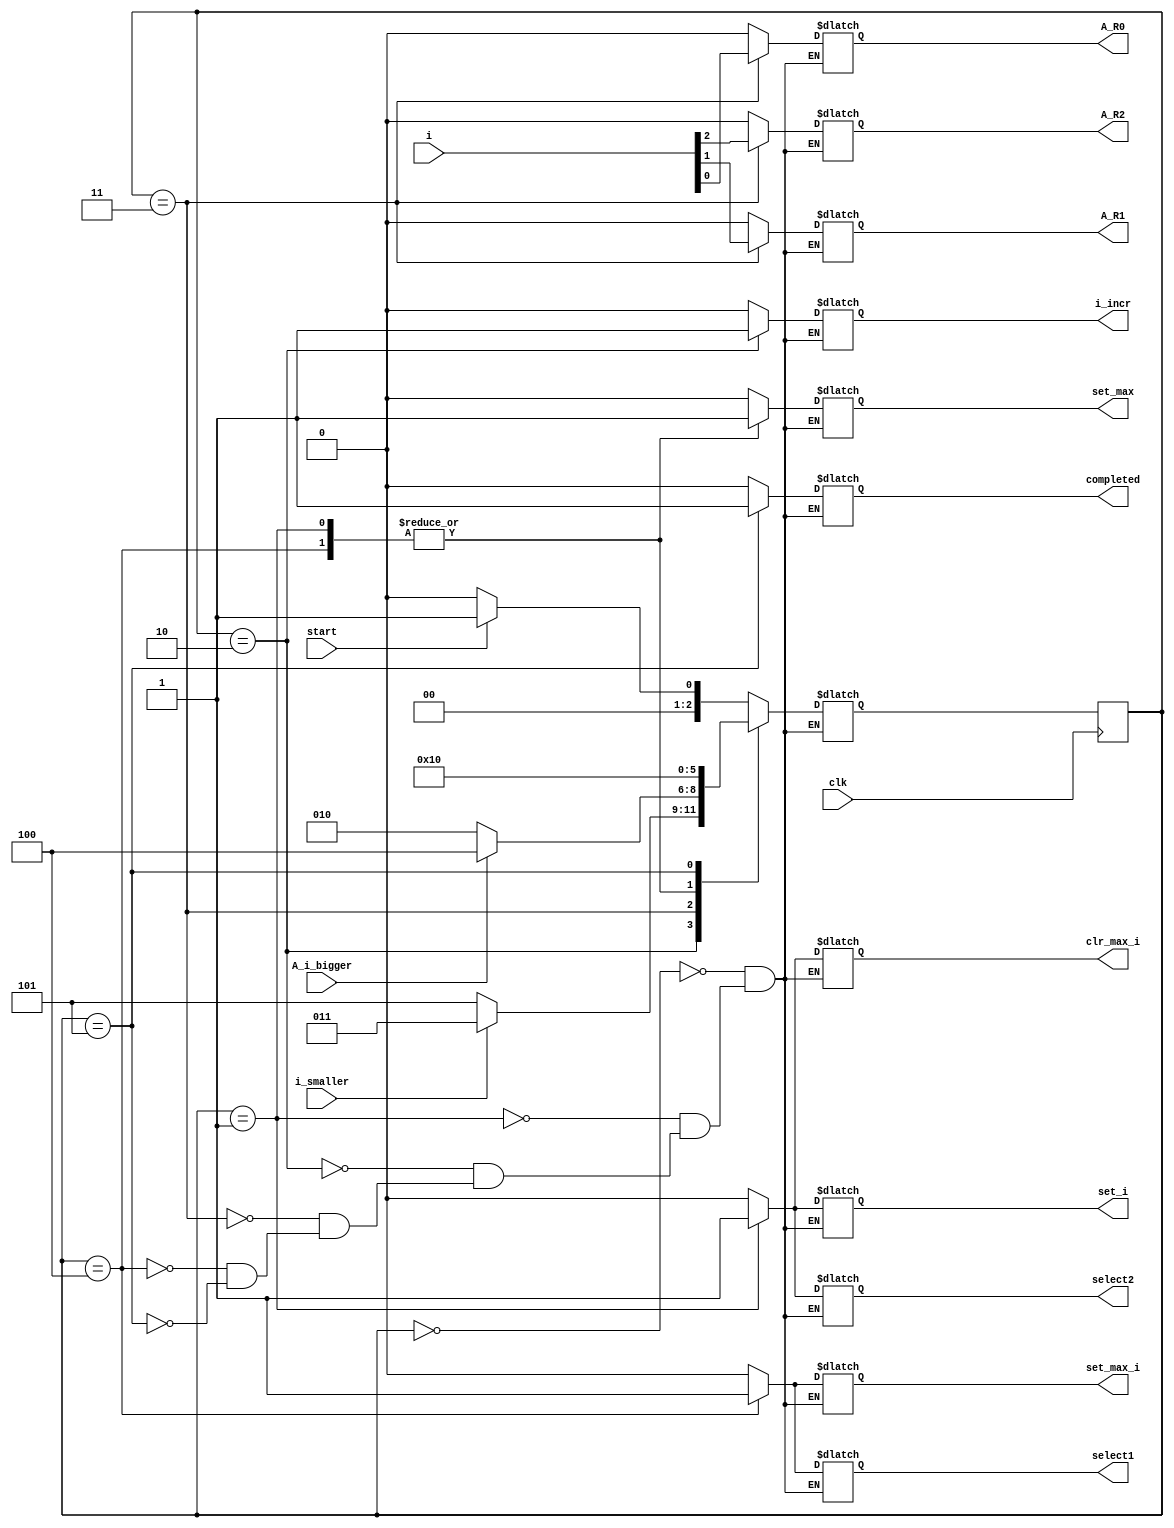
`timescale 1ns / 1ns


module Controller(clk, start, completed, i, select1, select2, set_i, i_incr, set_max, set_max_i, clr_max_i, A_R0, A_R1, A_R2, A_i_bigger, i_smaller);
input wire clk, start, i_smaller, A_i_bigger;
output reg completed;
input wire [3:0] i;

output reg select1, select2, set_i, i_incr, set_max, set_max_i, clr_max_i, A_R0, A_R1, A_R2;

parameter S0 = 3'b000,
            S1 = 3'b001,
            S2 = 3'b010,
            S3 = 3'b011,
            S4 = 3'b100,
            S5 = 3'b101;


reg [2:0] state = S0;
reg [2:0] nextState;


always@(state, start) begin
    case(state) 
        S0: begin
            if(start) begin
                nextState <= S1;
            end
            else begin
                nextState <= S0;
            end
            completed <= 0;
            select1 <= 0;
            select2 <= 0;
            set_i <= 0;
            i_incr <= 0;
            set_max <= 0;
            set_max_i <= 0;
            clr_max_i <= 0;
            A_R0 <= 0;
            A_R1 <= 0;
            A_R2 <= 0;

        end
        S1: begin
            nextState <= S2;

            completed <= 0;
            select1 <= 0;
            select2 <= 1;
            set_i <= 1;
            i_incr <= 0;
            set_max <= 1;
            set_max_i <= 0;
            clr_max_i <= 1;
            A_R0 <= 0;
            A_R1 <= 0;
            A_R2 <= 0;
        end
        S2: begin
            if(i_smaller) begin
                nextState <= S3;
            end
            else begin
                nextState <= S5;
            end


            completed <= 0;
            select1 <= 0;
            select2 <= 0;
            set_i <= 0;
            i_incr <= 1;
            set_max <= 0;
            set_max_i <= 0;
            clr_max_i <= 0;
            A_R0 <= 0;
            A_R1 <= 0;
            A_R2 <= 0;
        end
        S3: begin
            if(A_i_bigger) begin
                nextState <= S4;
            end
            else begin
                nextState <= S2;
            end

            completed <= 0;
            select1 <= 0;
            select2 <= 0;
            set_i <= 0;
            i_incr <= 0;
            set_max <= 0;
            set_max_i <= 0;
            clr_max_i <= 0;
            A_R0 <= i[0];
            A_R1 <= i[1];
            A_R2 <= i[2];
        end
        S4: begin
            nextState <= S2;

            completed <= 0;
            select1 <= 1;
            select2 <= 0;
            set_i <= 0;
            i_incr <= 0;
            set_max <= 1;
            set_max_i <= 1;
            clr_max_i <= 0;
            A_R0 <= 0;
            A_R1 <= 0;
            A_R2 <= 0;
        end
        S5: begin
            nextState <= S0;

            completed <= 1;
            select1 <= 0;
            select2 <= 0;
            set_i <= 0;
            i_incr <= 0;
            set_max <= 0;
            set_max_i <= 0;
            clr_max_i <= 0;
            A_R0 <= 0;
            A_R1 <= 0;
            A_R2 <= 0;
        end
    endcase
end

always@(posedge clk) begin
        
    state <= nextState;
        
end


endmodule